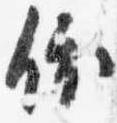
依